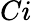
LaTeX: Ci